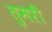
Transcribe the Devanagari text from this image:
तुमरी